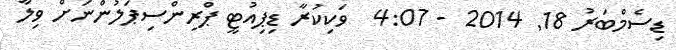
ޑިސެމްބަރު 18